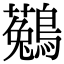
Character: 𪆆